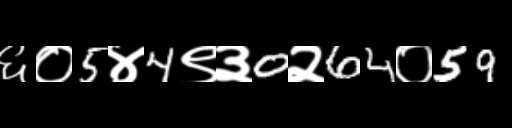
Text: ६०5४4९३0२64०59